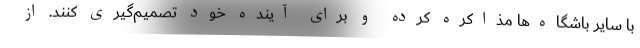
با سایر باشگاه‌ها مذاکره کرده و برای آینده خود تصمیم‌گیری کنند. از